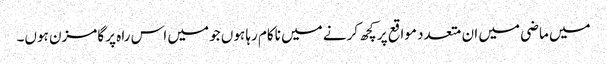
میں ماضی میں ان متعدد مواقع پر کچھ کرنے میں ناکام رہا ہوں جو میں اس راہ پر گامزن ہوں۔